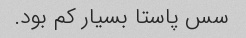
سس پاستا بسیار کم بود.